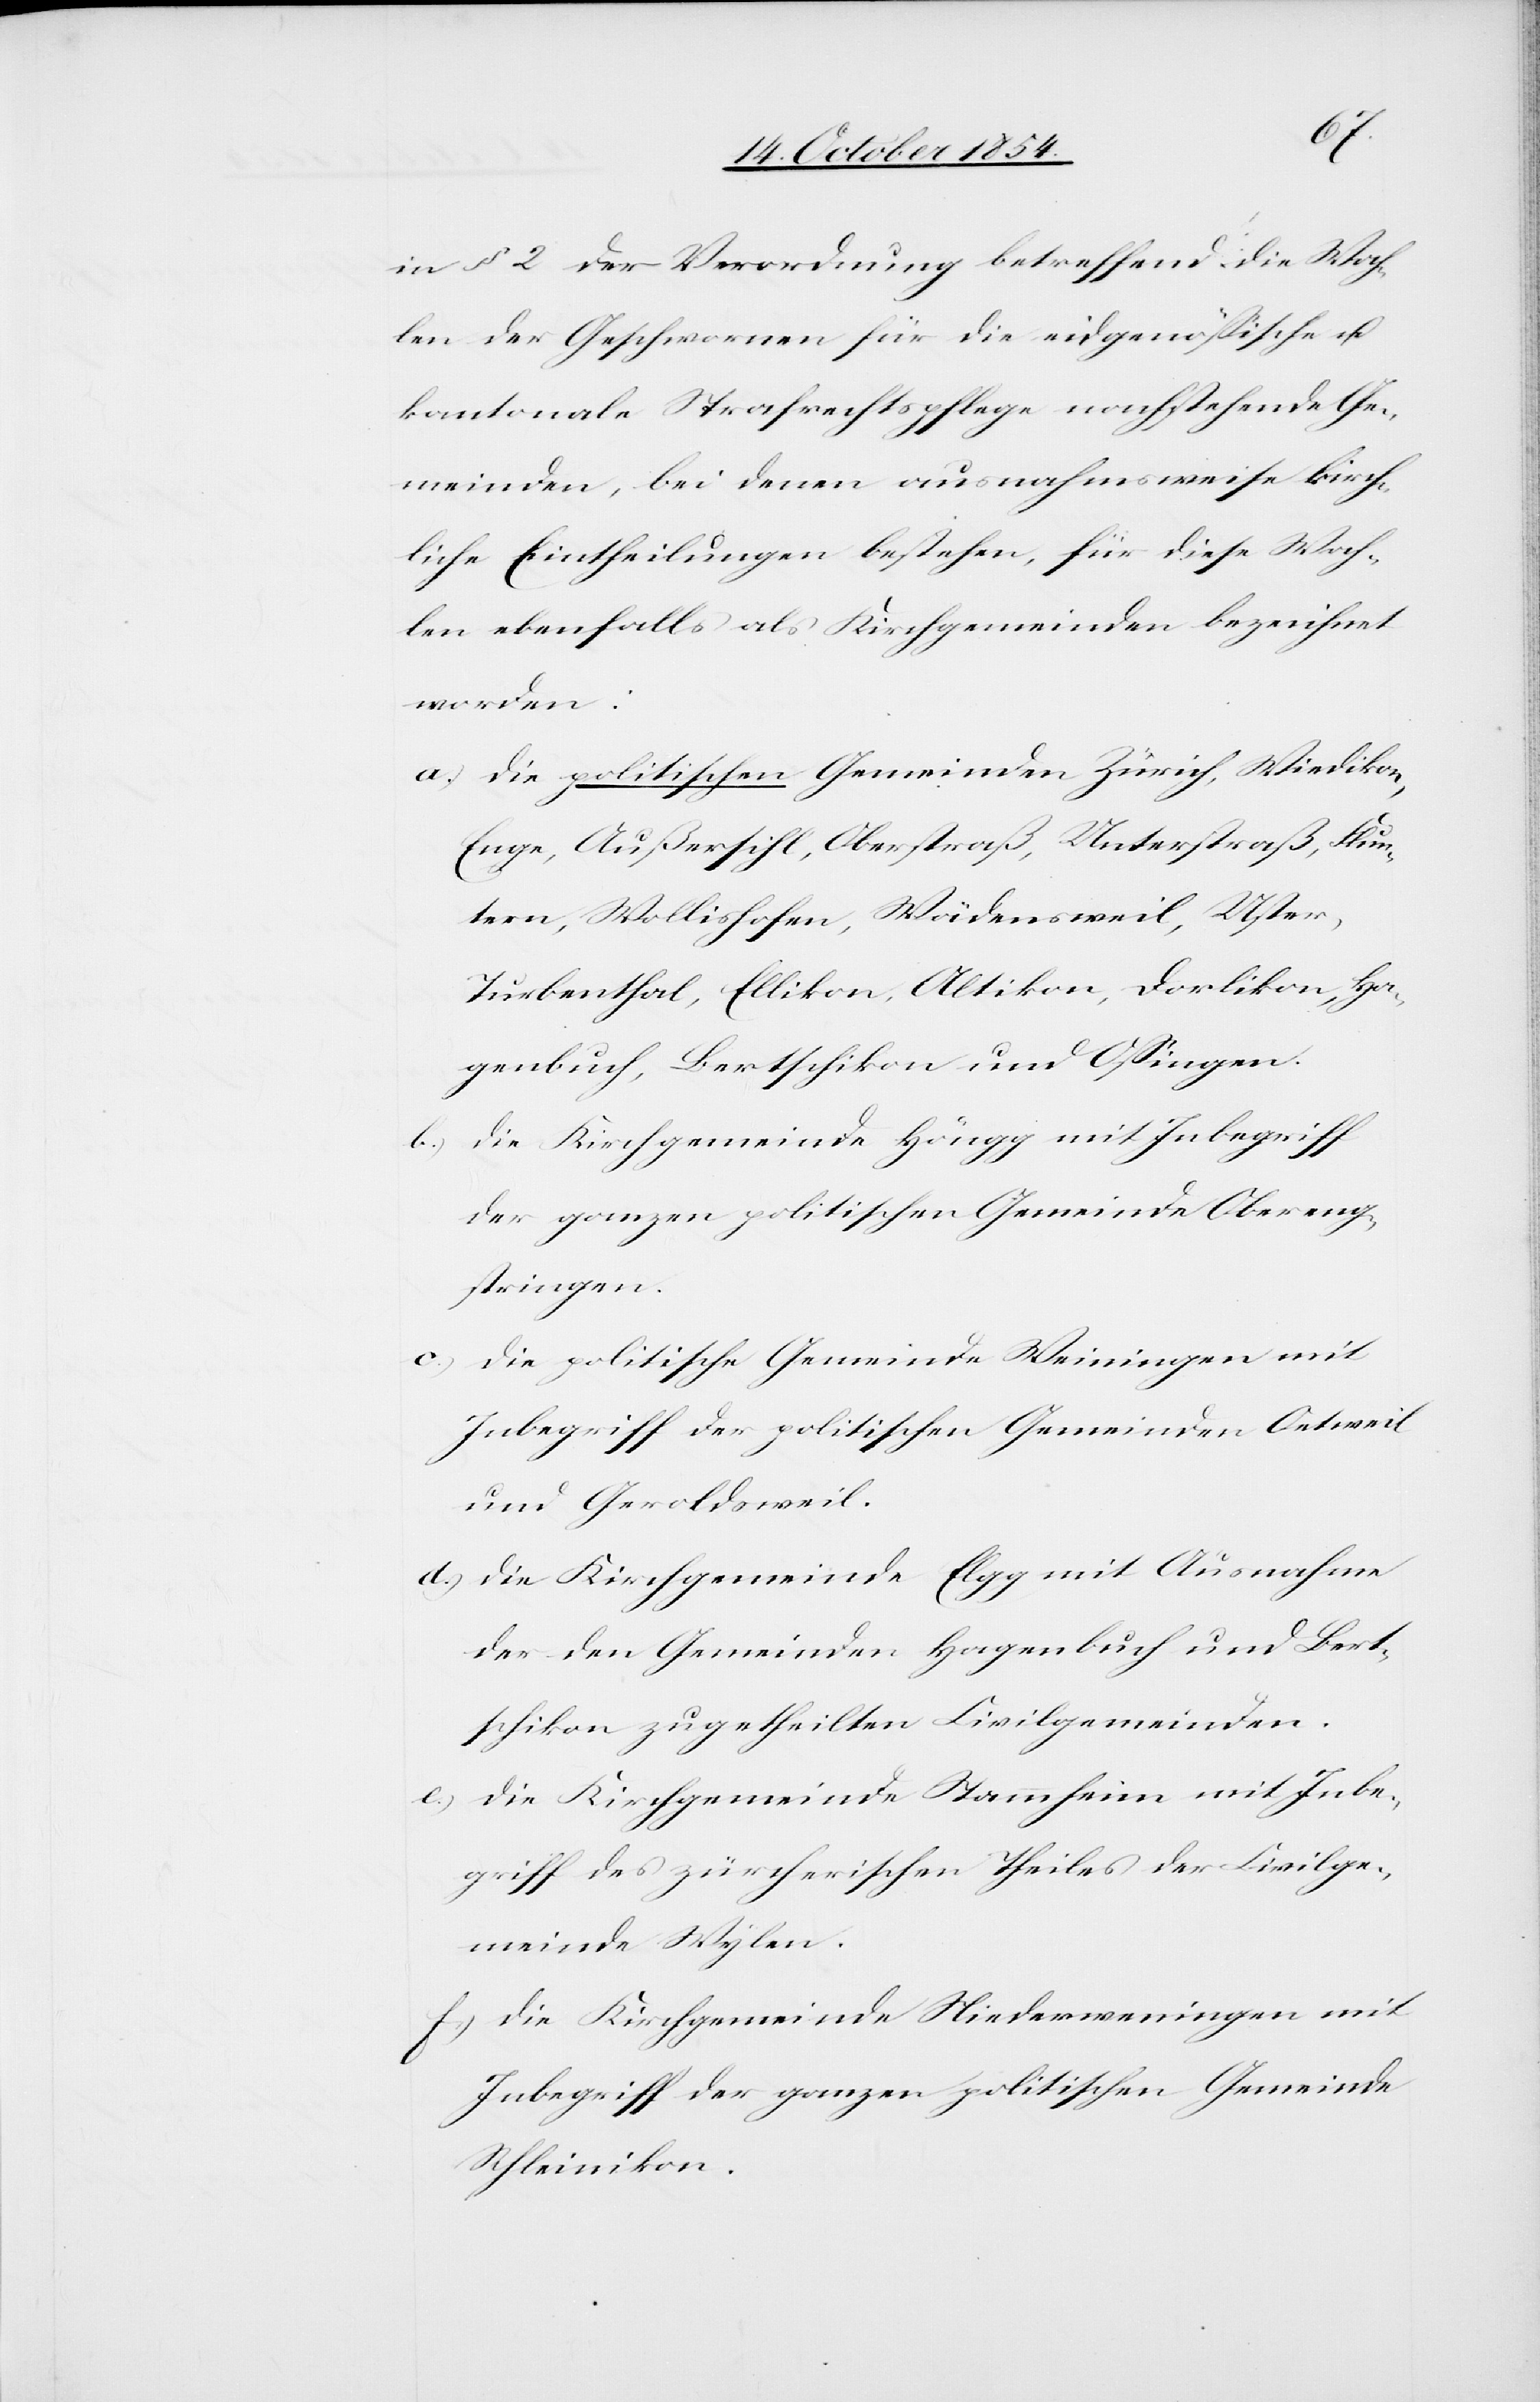
c.)
in § 2 der Verordnung betreffend die Wah¬
len der Geschwornen für die eidgenößische u.
kantonale Strafrechtspflege nachstehende Ge¬
meinden, bei denen ausnahmsweise kirch¬
liche Eintheilungen bestehen, für diese Wah¬
len ebenfalls als Kirchgemeinden bezeichnet
worden:
a.) die politischen Gemeinden Zürich, Wiedikon,
Enge, Außersihl, Oberstraß, Unterstraß, Flun¬
tern, Wollishofen, Wädensweil, Uster,
Turbenthal, Ellikon, Altikon, Dorlikon, Ha¬
genbuch, Bertschikon und O./Singen.
die Kirchgemeinde Höngg mit Inbegriff
der ganzen politischen Gemeinde Obereng¬
stringen.
die politische Gemeinde Weiningen mit
Inbegriff der politischen Gemeinden Oetweil
und Geroldsweil.
d.) die Kirchgemeinde Elgg mit Ausnahme
der den Gemeinden Hagenbuch und Bert¬
schikon zugetheilten Kirchgemeinden.
e.) die Kirchgemeinde Stammheim mit Inbe¬
griff des zürcherischen Theiles der Civilge¬
meinde Wylen.
f.) die Kirchgemeinde Niederweningen mit
Inbegriff der ganzen politischen Gemeinde
Schleinikon.